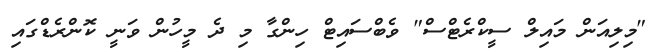
"މިލިއަން މައިލް ސީކްރެޓްސް" ވެބްސައިޓް ހިންގާ މި ދެ މީހުން ވަނީ ކޮންރެޑްގައި